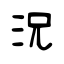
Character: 況